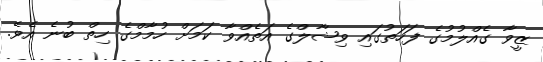
ޒީވާ ގެއްލުމުގެ ފަހަތުގައި ވިޝާލްގެ އަތެއްވާ ކަމަށް ހުމާމްގެ ހިތް ބުނެ އެވެ.